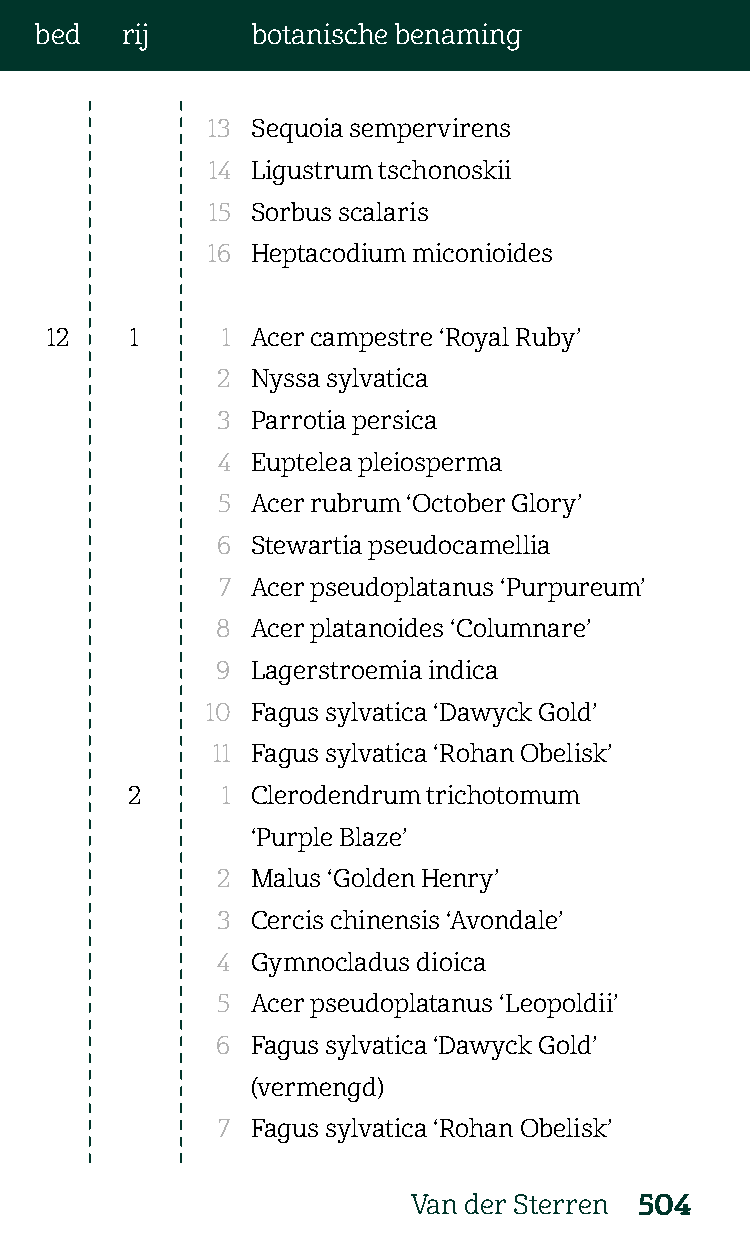
bed   rij      botanische benaming
 13 Sequoia sempervirens
 14 Ligustrum tschonoskii
 15 Sorbus scalaris
 16 Heptacodium miconioides
 12    1     1 Acer campestre ‘Royal Ruby’
 2  Nyssa sylvatica
 3  Parrotia persica
 4  Euptelea pleiosperma
 5  Acer rubrum ‘October Glory’
 6  Stewartia pseudocamellia
 7  Acer pseudoplatanus ‘Purpureum’
 8  Acer platanoides ‘Columnare’
 9  Lagerstroemia indica
 10 Fagus sylvatica ‘Dawyck Gold’
 11 Fagus sylvatica ‘Rohan Obelisk’
 2      1 Clerodendrum trichotomum
 ‘Purple Blaze’
 2  Malus ‘Golden Henry’
 3  Cercis chinensis ‘Avondale’
 4  Gymnocladus dioica
 5  Acer pseudoplatanus ‘Leopoldii’
 6  Fagus sylvatica ‘Dawyck Gold’
 (vermengd)
 7  Fagus sylvatica ‘Rohan Obelisk’
 Van der Sterren 504